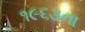
૧૯૬૩ના